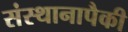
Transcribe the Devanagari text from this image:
संस्थानापैकी